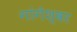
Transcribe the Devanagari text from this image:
गांगेश्वर